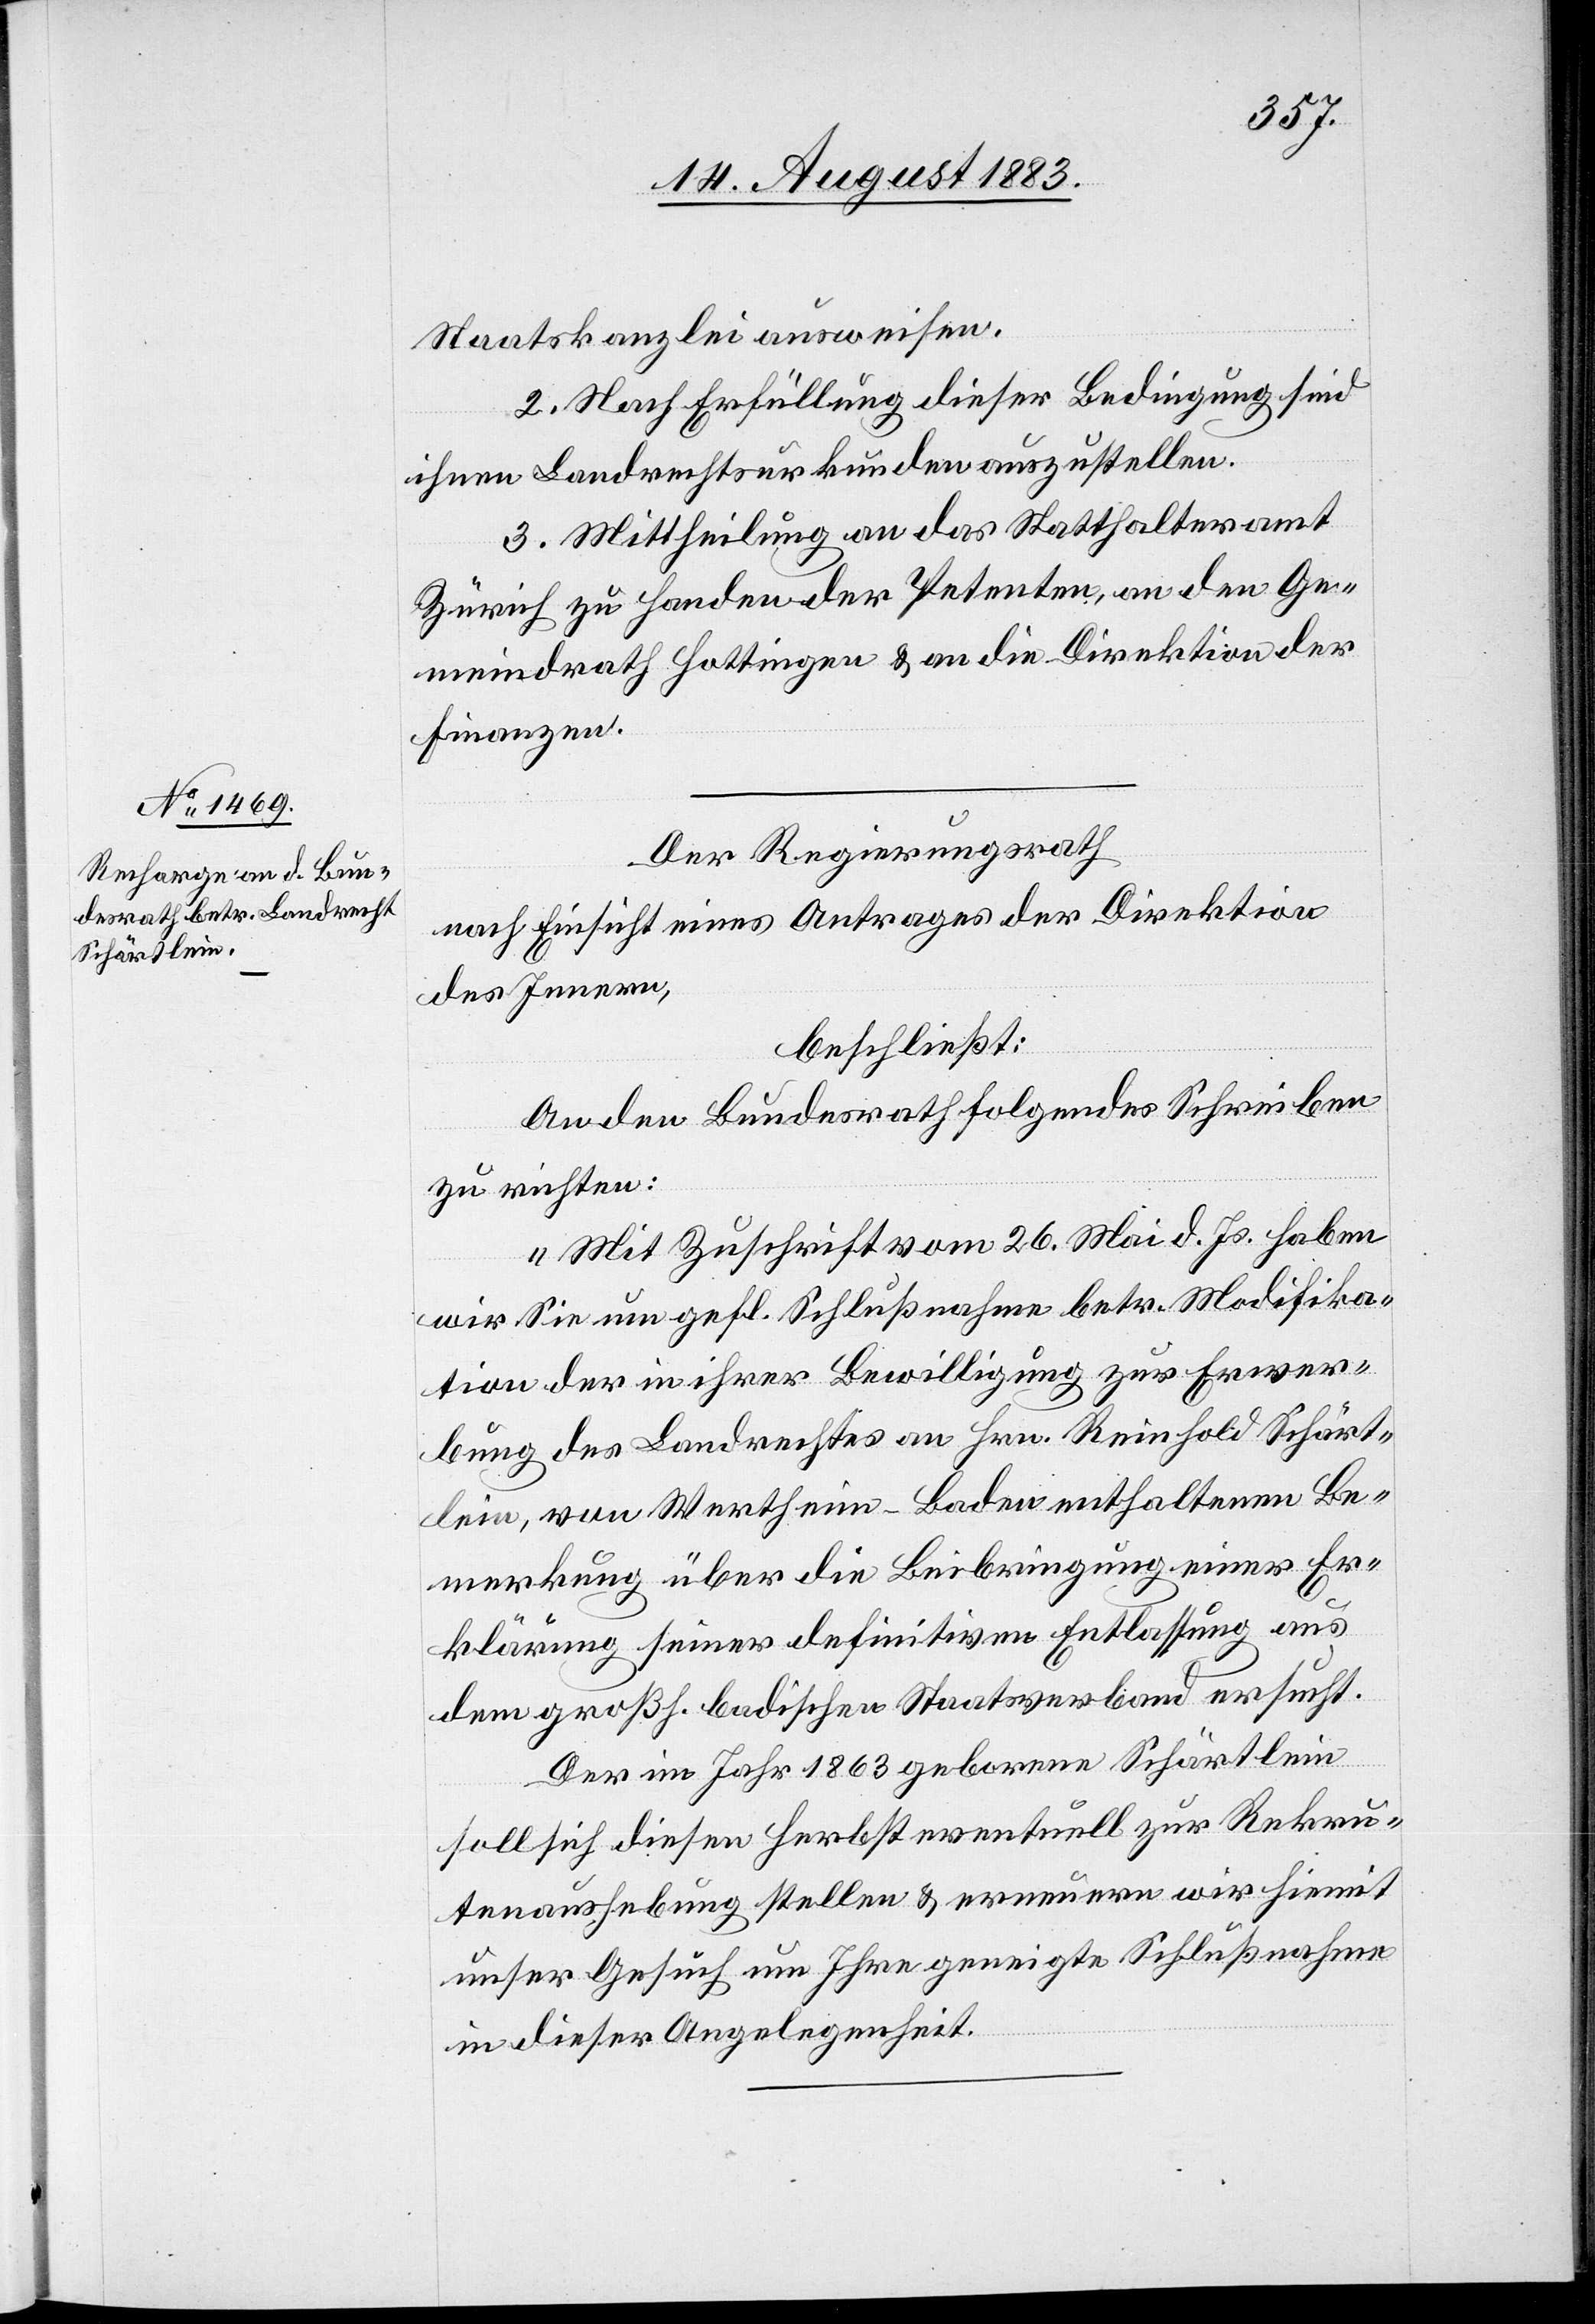
Staatskanzlei ausweisen.
2. Nach Erfüllung dieser Bedingung sind
ihnen Landrechtsurkunde auszustellen.
3. Mittheilung an das Statthalteramt
Zürich zu Handen der Petenten, an den Ge¬
meindrath Hottingen & an die Direktion der
Finanzen.
Der Regierungsrath,
nach Einsicht eines Antrages der Direktion
des Innern,
beschließt:
An den Bundesrath folgendes Schreiben
zu richten:
„Mit Zuschrift vom 26. Mai d. Js. haben
wir Sie um gefl. Schlußnahme betr. Modifika¬
tion der in ihrer [sic!] Bewilligung zur Erwer¬
bung des Landrechtes an Hrn. Reinhold Schärt¬
lein, von Wertheim - Baden enthaltenen Be¬
merkung über die Beibringung einer Er¬
klärung seiner definitiven Entlassung aus
dem großh. badischen Staatsverbande ersucht.
Der im Jahr 1863 geborene Schärtlein
soll sich diesen Herbst eventuell zur Rekru¬
tenaushebung stellen & erneuern wir hiemit
unser Gesuch um Ihre geneigte Schlußnahme
in dieser Angelegenheit.